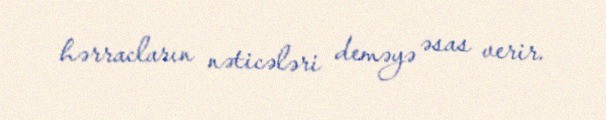
hərracların nəticələri deməyə əsas verir.